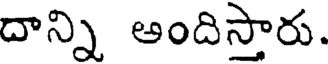
దాన్ని ఆందిస్తారు.